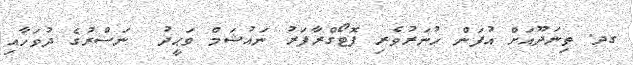
ގދ. ތިނަދޫއަށް އުފަން ހުނަރުވެރި ފޮޓޯގްރާފަރު ނައުޝަމް ވަޙީދު  ނަސްރުގެ ދުވަހާއި